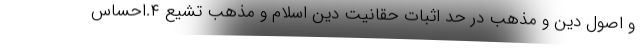
و اصول دین و مذهب در حد اثبات حقانیت دین اسلام و مذهب تشیّع ۴.احساس